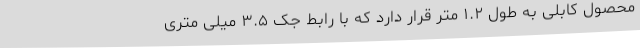
محصول کابلی به طول ۱.۲ متر قرار دارد که با رابط جک ۳.۵ میلی‌ متری